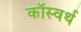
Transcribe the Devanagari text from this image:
कॉस्वर्थ